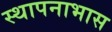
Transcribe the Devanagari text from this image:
स्थापनाभास